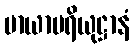
မာယာပရိယုဋ္ဌာနံ